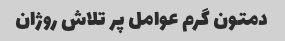
دمتون گرم عوامل پر تلاش روژان